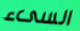
السىء